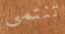
تنتمى